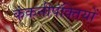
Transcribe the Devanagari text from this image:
कंकनीपंक्तियों